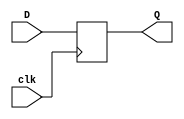
module d_register (D, clk, Q);
	input D, clk;
	output Q;
	reg Q;
	
	always @(posedge clk)
		Q <= D;
		
endmodule